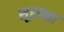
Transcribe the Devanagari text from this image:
सूरक्शा